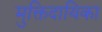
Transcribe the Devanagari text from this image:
मुक्तिदायिका